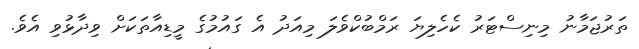
ތަރުޖަމާނު މިނިސްޓަރު ކެހެލިޔަ ރަމްބުކްވެލަ މިއަދު އެ ގައުމުގެ މީޑިއާތަކަށް ވިދާޅުވި އެވެ.